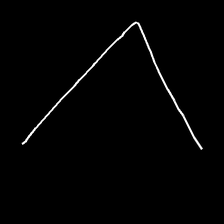
Glyph: region